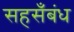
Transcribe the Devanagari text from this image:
सहसँबंध